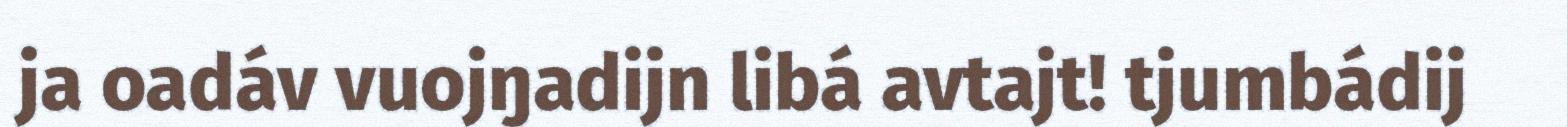
ja oadáv vuojŋadijn libá avtajt! tjumbádij